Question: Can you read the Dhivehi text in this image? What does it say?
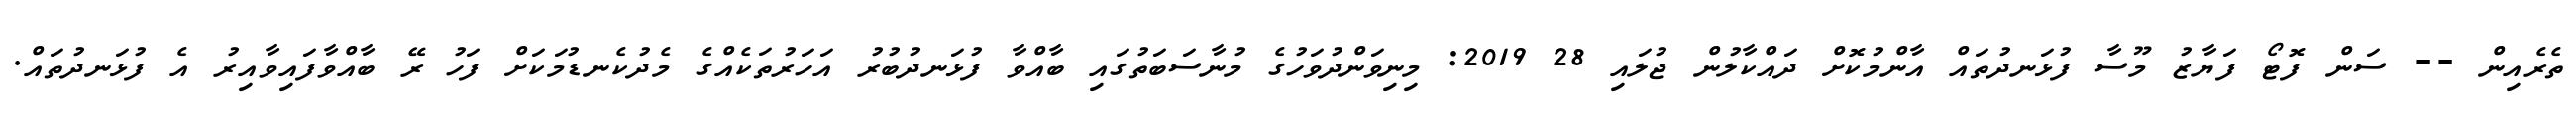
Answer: ތެރެއިން -- ސަން ފޮޓޯ ފަޔާޒު މޫސާ ފުޅަނދުތައް އާންމުކޮށް ދައްކާލުން ޖުލައި 28 2019: މިނިވަންދުވަހުގެ މުނާސަބަތުގައި ބާއްވާ ފުޅަނދުބުރު އަހަރުތަކެއްގެ މެދުކެނޑުމަކަށް ފަހު ރޭ ބާއްވާފައިވާއިރު އެ ފުޅަނދުތައް.